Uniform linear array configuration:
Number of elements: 48
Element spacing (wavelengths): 0.5
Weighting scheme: cosine
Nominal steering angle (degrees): -60
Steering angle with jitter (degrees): -61.691
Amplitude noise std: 0.05
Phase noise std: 0.05

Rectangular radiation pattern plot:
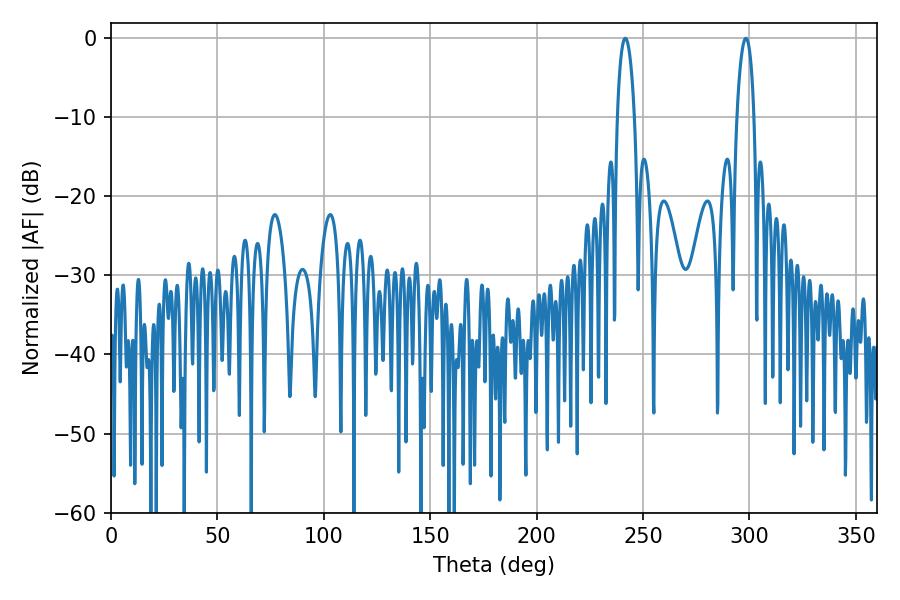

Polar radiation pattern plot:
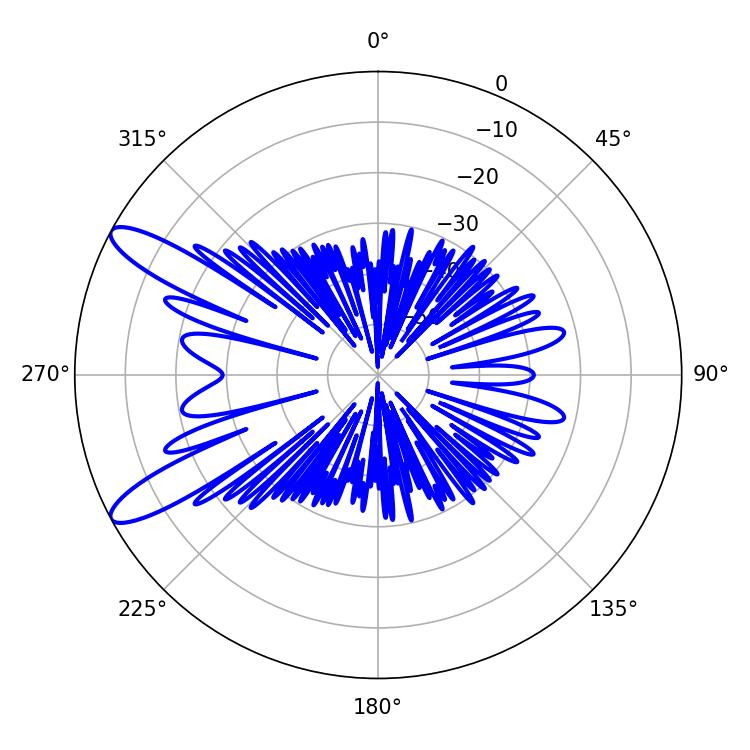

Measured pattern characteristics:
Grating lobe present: FALSE
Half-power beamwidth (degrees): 4.68
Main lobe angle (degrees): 298.26